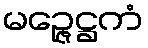
မဉ္ဇေဋ္ဌကံ